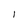
Character: I